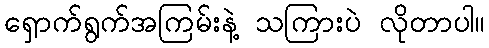
ရှောက်ရွက်အကြမ်းနဲ့ သကြားပဲ လိုတာပါ။